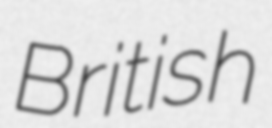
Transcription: British